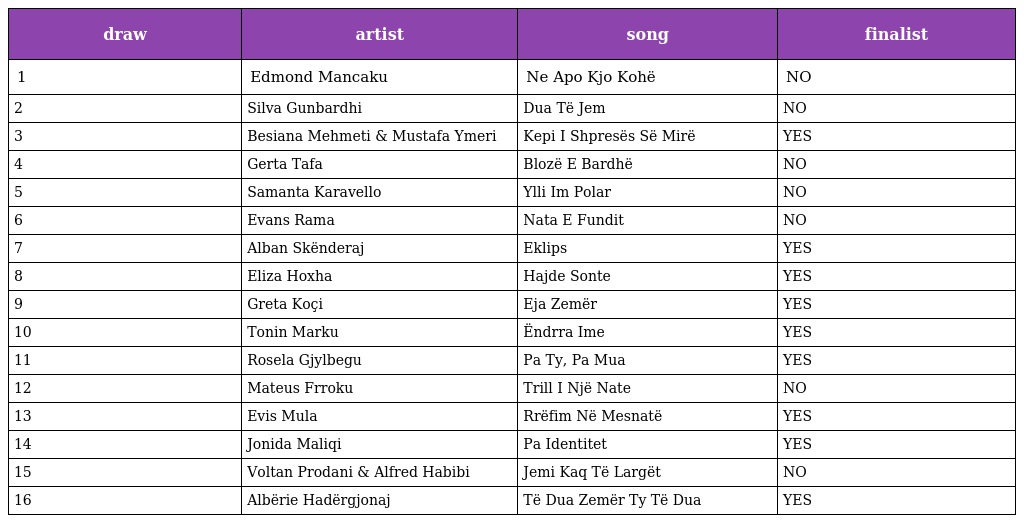
| draw | artist | song | finalist |
 | --- | --- | --- | --- |
 | 1 | Edmond Mancaku | Ne Apo Kjo Kohë | NO |
 | 2 | Silva Gunbardhi | Dua Të Jem | NO |
 | 3 | Besiana Mehmeti & Mustafa Ymeri | Kepi I Shpresës Së Mirë | YES |
 | 4 | Gerta Tafa | Blozë E Bardhë | NO |
 | 5 | Samanta Karavello | Ylli Im Polar | NO |
 | 6 | Evans Rama | Nata E Fundit | NO |
 | 7 | Alban Skënderaj | Eklips | YES |
 | 8 | Eliza Hoxha | Hajde Sonte | YES |
 | 9 | Greta Koçi | Eja Zemër | YES |
 | 10 | Tonin Marku | Ëndrra Ime | YES |
 | 11 | Rosela Gjylbegu | Pa Ty, Pa Mua | YES |
 | 12 | Mateus Frroku | Trill I Një Nate | NO |
 | 13 | Evis Mula | Rrëfim Në Mesnatë | YES |
 | 14 | Jonida Maliqi | Pa Identitet | YES |
 | 15 | Voltan Prodani & Alfred Habibi | Jemi Kaq Të Largët | NO |
 | 16 | Albërie Hadërgjonaj | Të Dua Zemër Ty Të Dua | YES |